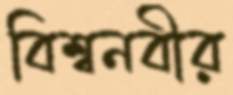
বিশ্বনবীর